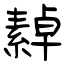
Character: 繛